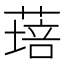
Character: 𦹷